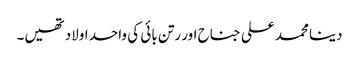
دینا محمد علی جناح اور رتن بائی کی واحد اولاد تھیں۔